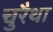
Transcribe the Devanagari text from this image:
चुरैथा